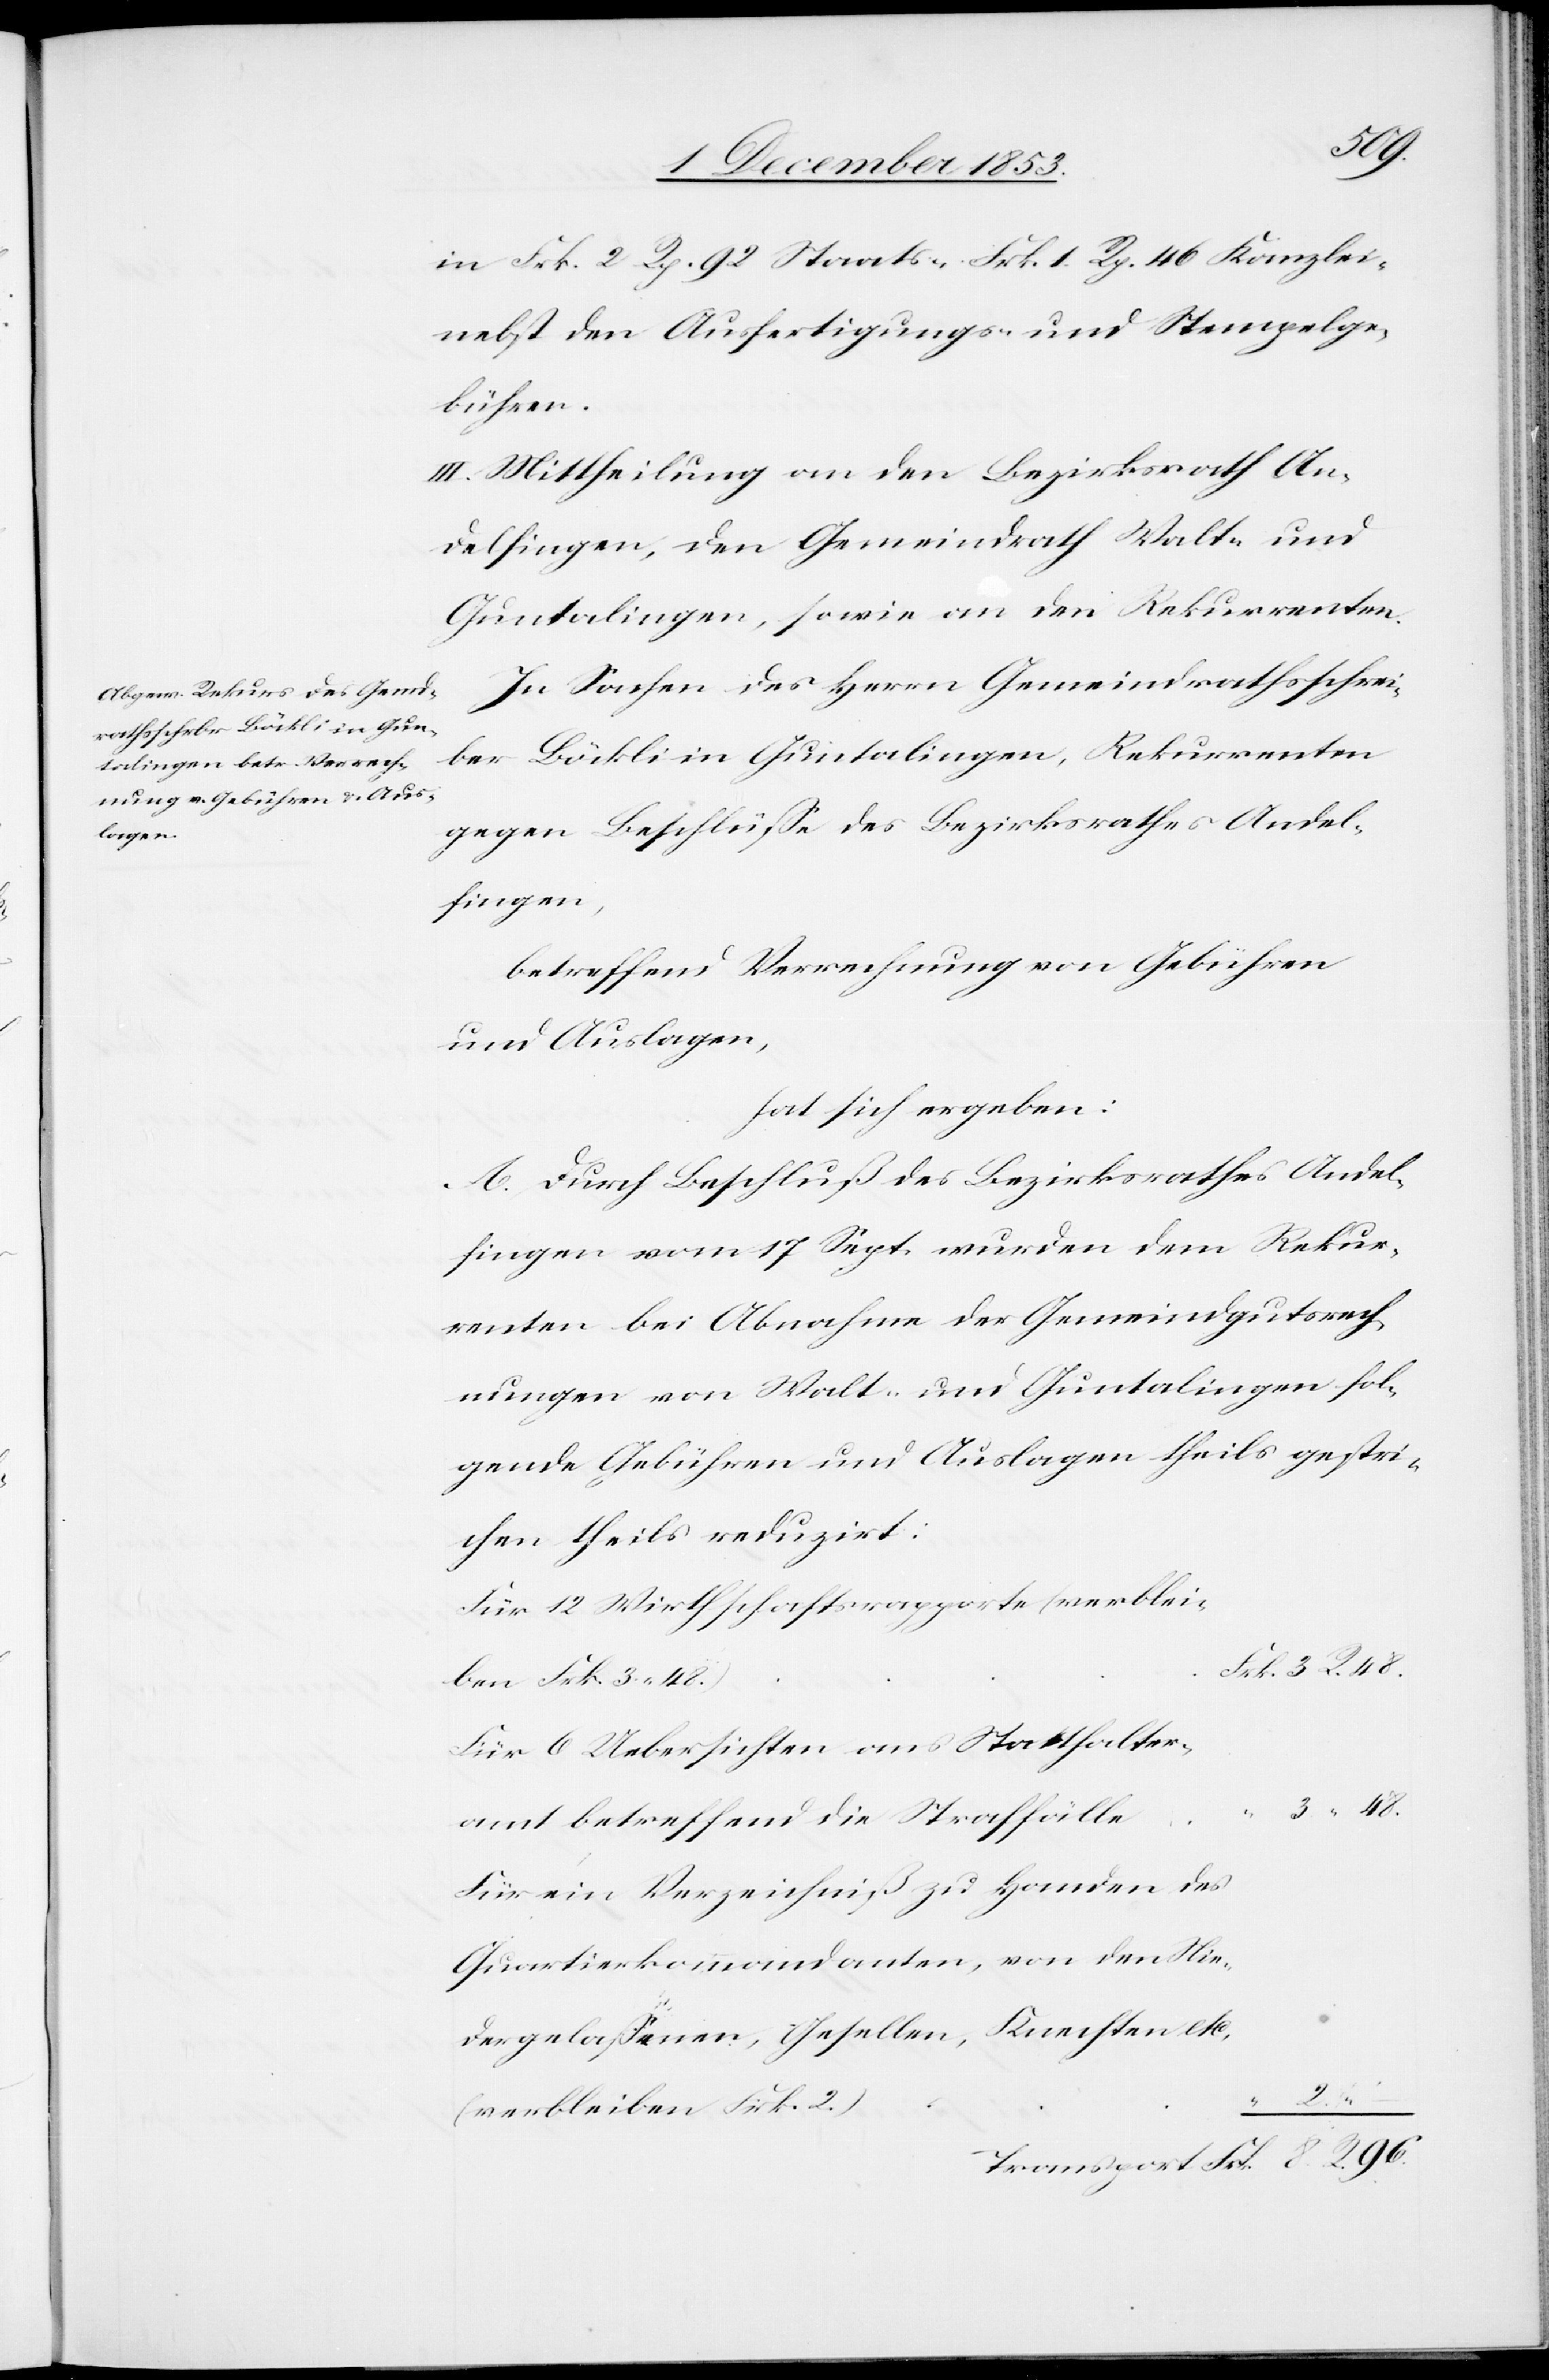
Nie¬
in Frk. 2 Rp. 92 Staats- Frk. 1 Rp. 46 Kanzlei-
nebst den Ausfertigungs- u. Stempelge¬
bühren.
III. Mittheilung an den Bezirksrath An¬
delfingen, den Gemeindrath Walt- und
Guntalingen, sowie an den Rekurrenten.
In Sachen des Herrn Gemeindsrathsschrei¬
ber Böckli in Guntalingen, Rekurrenten
gegen Beschlüße des Bezirksrathes Andel¬
fingen,
betreffend Verrechnung von Gebühren
und Auslagen,
hat sich ergeben:
A. Durch Beschluß des Bezirksrathes Andel¬
fingen vom 17 Sept. wurden dem Rekur¬
renten bei Abnahme der Gemeindsgutsrech¬
nungen von Walt- und Guntalingen fol¬
gende Gebühren und Auslagen theils gestri¬
chen theils reduzirt:
Für 12 Wirthschaftsrapporte (verblei¬
Für 6 Ueberschriften ans Statthalter¬
3. “ 48.
amt betreffend die Straffälle	“
Für ein Verzeichniß zu Handen des
Quartierskommandanten, von den
dergelaßenen, Gesellen, Knechten etc,
2. “
(verbleiben Frk. 2.)		“
–